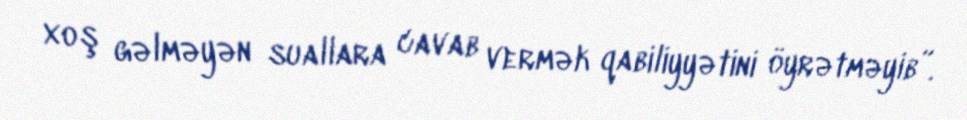
xoş gəlməyən suallara cavab vermək qabiliyyətini öyrətməyib”.